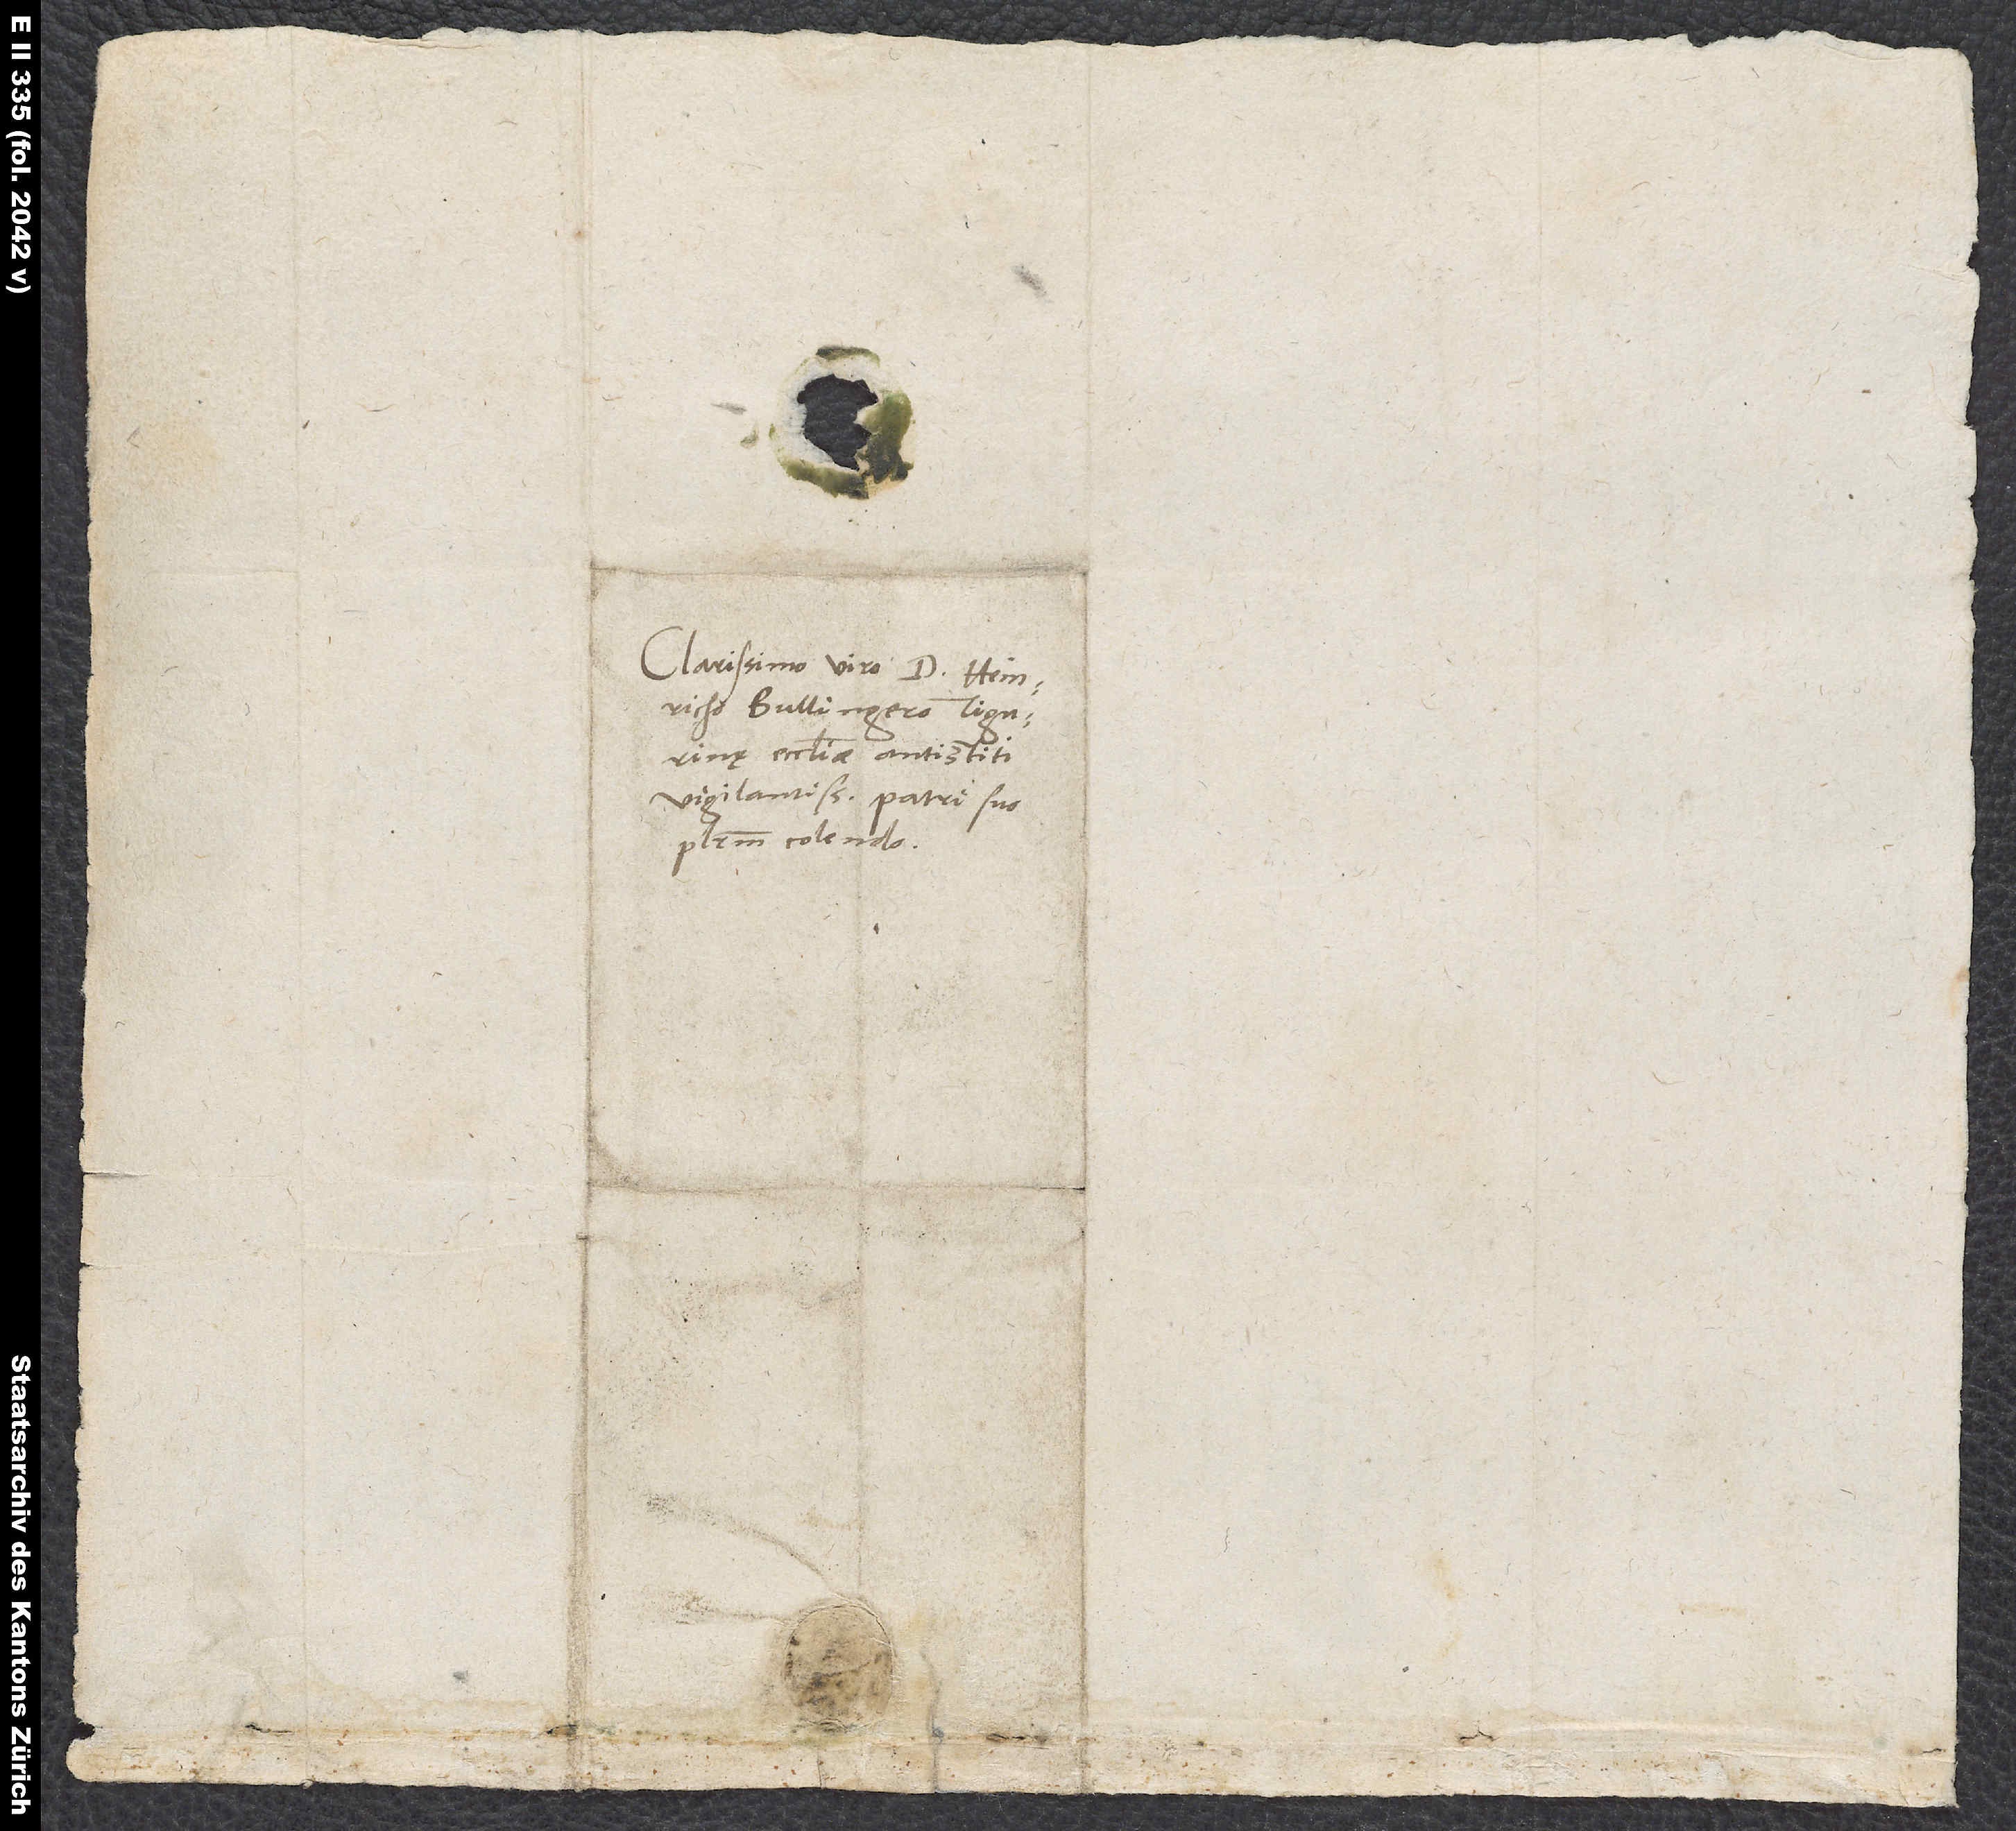
Clarissimo viro d. Heinricho
Bullingero, Tigurinę
ecclesiae antistiti
vigilantissimo, patri suo
plurimum colendo.